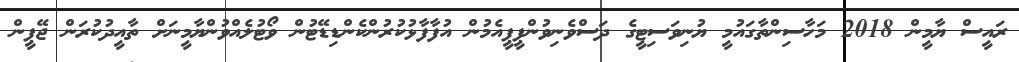
ރައީސް ޔާމީން 2018 މަހާސިންތާގައުމީ ޔުނިވަސިޓީގެ ދަސްވެނިވުންޕީޕީއެމުން އުފާފާޅުކުރުންކެންޑިޑޭޓުން ވޯޓުލެއްވުންޔާމީނަށް ތާއީދުކުރަން ޖޭޕީން